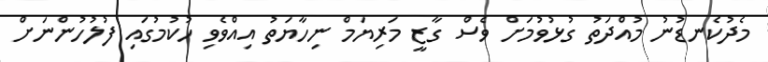
މެދުކެނޑުނު މުއްދަތު ގުޅުވުމަށް ވެސް ގާޒީ މަރިޔަމް ނިހާޔަތު އިއްވެވި ހުކުމުގައި ފުލުހުންނަށް